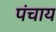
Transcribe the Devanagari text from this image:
पंचाय